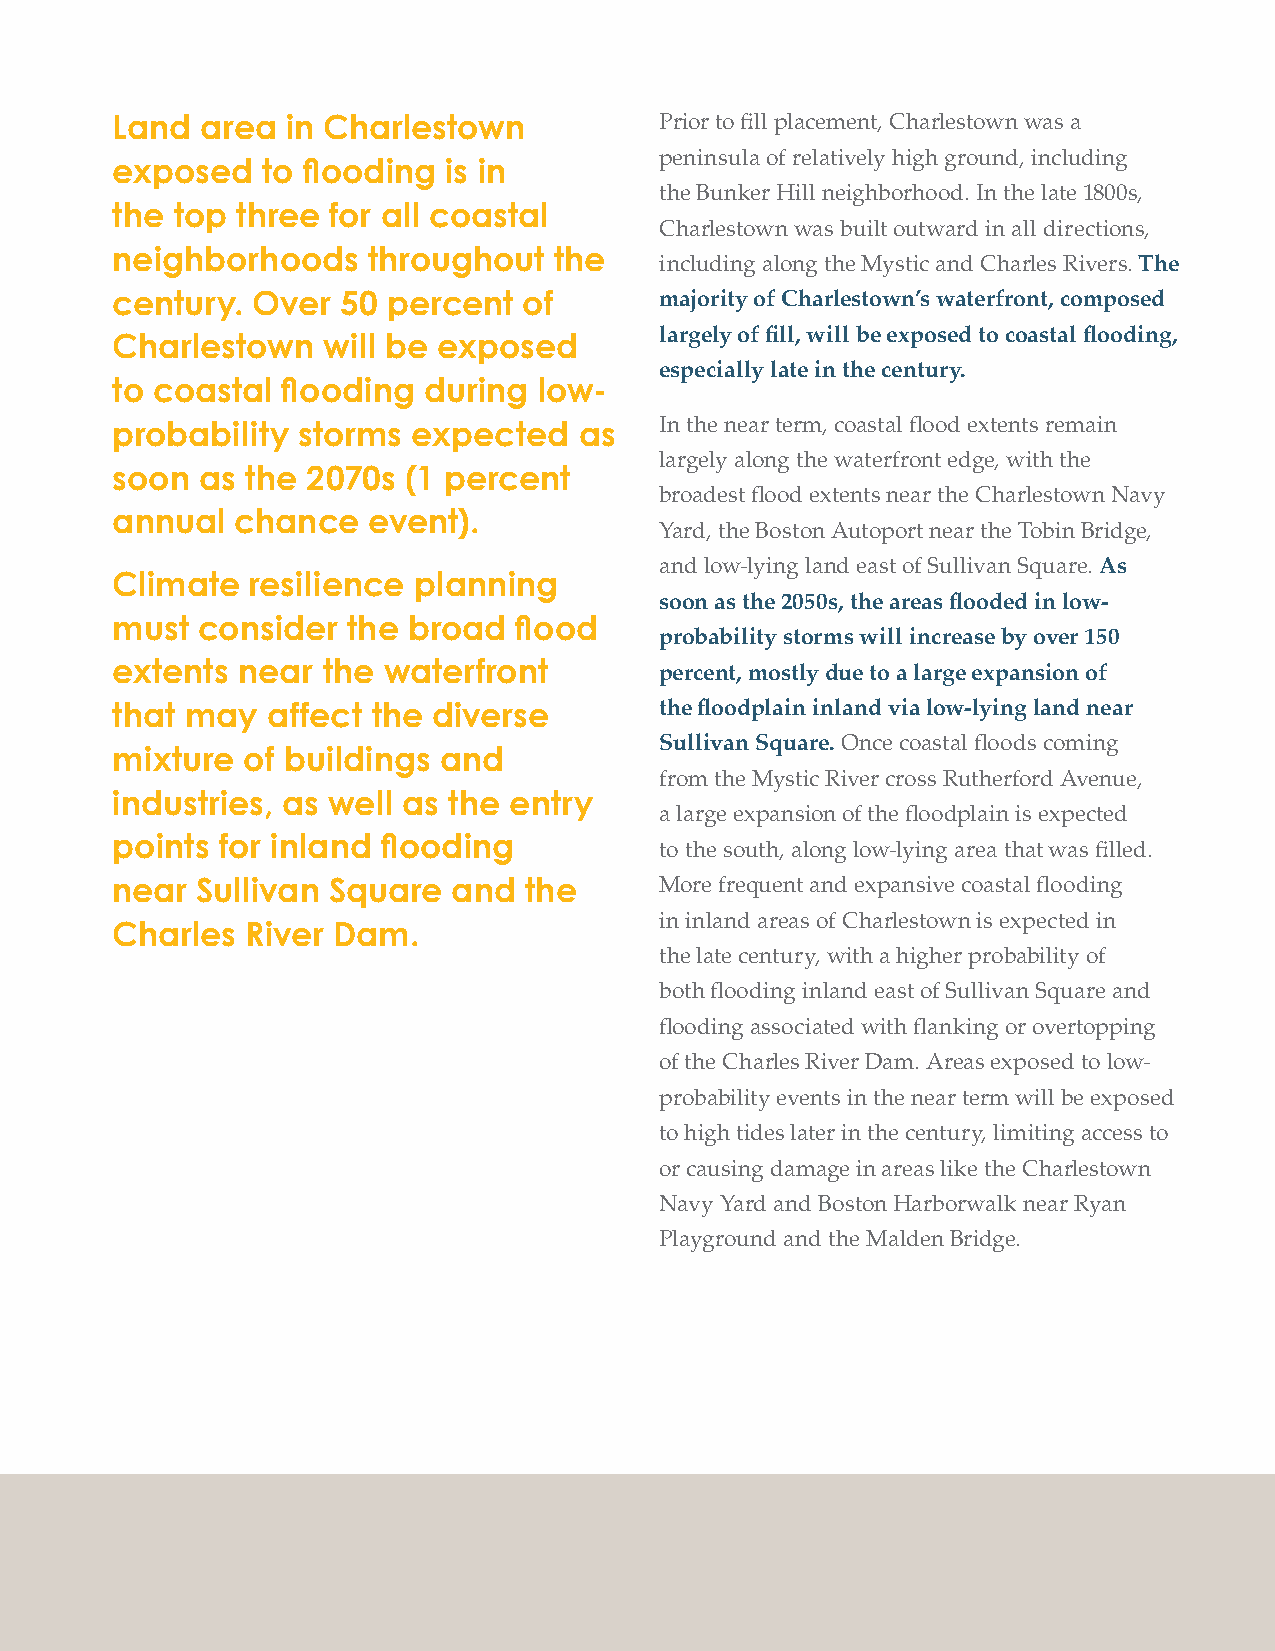
Land  area  in Charlestown           Prior to fi ll placement, Charlestown was a
 peninsula of relatively high ground, including
 exposed   to fl ooding is in
 the Bunker Hill neighborhood. In the late 1800s,
 the  top three for all coastal
 Charlestown was built outward in all directions,
 neighborhoods    throughout   the
 including along the Mystic and Charles Rivers. The
 century.  Over  50 percent  of       majority of Charlestown’s waterfront, composed
 largely of fi ll, will be exposed to coastal fl ooding,
 Charlestown   will be exposed
 especially late in the century.
 to coastal  fl ooding during low-
 In the near term, coastal fl ood extents remain
 probability  storms expected   as
 largely along the waterfront edge, with the
 soon  as the 2070s  (1 percent
 broadest fl ood extents near the Charlestown Navy
 annual   chance  event).
 Yard, the Boston Autoport near the Tobin Bridge,
 and low-lying land east of Sullivan Square. As
 Climate   resilience planning
 soon as the 2050s, the areas fl ooded in low-
 must  consider  the broad  fl ood
 probability storms will increase by over 150
 extents  near the waterfront         percent, mostly due to a large expansion of
 that may   affect the diverse        the fl oodplain inland via low-lying land near
 Sullivan Square. Once coastal fl oods coming
 mixture  of buildings and
 from the Mystic River cross Rutherford Avenue,
 industries, as well as the entry
 a large expansion of the fl oodplain is expected
 points  for inland fl ooding         to the south, along low-lying area that was fi lled.
 near  Sullivan Square  and  the      More frequent and expansive coastal fl ooding
 in inland areas of Charlestown is expected in
 Charles  River Dam.
 the late century, with a higher probability of
 both fl ooding inland east of Sullivan Square and
 fl ooding associated with fl anking or overtopping
 of the Charles River Dam. Areas exposed to low-
 probability events in the near term will be exposed
 to high tides later in the century, limiting access to
 or causing damage in areas like the Charlestown
 Navy Yard and Boston Harborwalk near Ryan
 Playground and the Malden Bridge.
 154 City of Boston: Climate Ready Boston